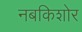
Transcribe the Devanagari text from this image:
नबकिशोर